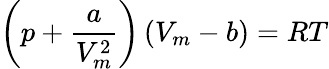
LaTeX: \left(p+{\frac{a}{V_{m}^{2}}}\right)\left(V_{m}-b\right)=RT